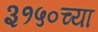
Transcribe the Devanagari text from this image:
३१५०च्या